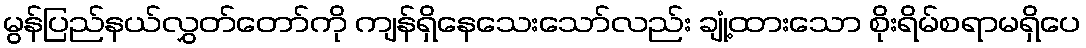
မွန်ပြည်နယ်လွှတ်တော်ကို ကျန်ရှိနေသေးသော်လည်း ချုံ့ထားသော စိုးရိမ်စရာမရှိပေ